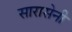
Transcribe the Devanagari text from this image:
सारासेनी